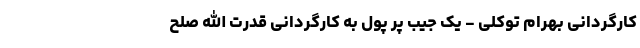
کارگردانی بهرام توکلی - یک جیب پر پول به کارگردانی قدرت الله صلح